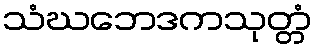
သံဃဘေဒကသုတ္တံ